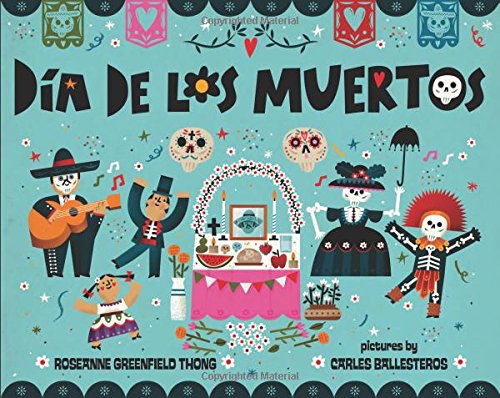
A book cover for Dia de Los Muertos; Roseanne Greenfield Thong; Children's Books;